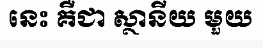
នេះ គឺជា ស្ថានីយ មួយ